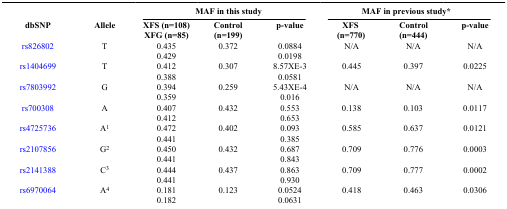
<table><thead><tr><td></td><td></td><td colspan="3"><b>MAF in this study</b></td><td colspan="3"><b>MAF in previous study*</b></td></tr><tr><td><b>dbSNP</b></td><td><b>Allele</b></td><td><b>XFS (n=108) XFG (n=85)</b></td><td><b>Control (n=199)</b></td><td><b>p-value</b></td><td><b>XFS (n=770)</b></td><td><b>Control (n=444)</b></td><td><b>p-value</b></td></tr></thead><tbody><tr><td>rs826802</td><td>T</td><td>0.435</td><td>0.372</td><td>0.0884</td><td>N/A</td><td>N/A</td><td>N/A</td></tr><tr><td> </td><td> </td><td>0.429</td><td> </td><td>0.0198</td><td> </td><td> </td><td> </td></tr><tr><td>rs1404699</td><td>T</td><td>0.412</td><td>0.307</td><td>8.57XE-3</td><td>0.445</td><td>0.397</td><td>0.0225</td></tr><tr><td> </td><td> </td><td>0.388</td><td> </td><td>0.0581</td><td> </td><td> </td><td> </td></tr><tr><td>rs7803992</td><td>G</td><td>0.394</td><td>0.259</td><td>5.43XE-4</td><td>N/A</td><td>N/A</td><td>N/A</td></tr><tr><td> </td><td> </td><td>0.359</td><td> </td><td>0.016</td><td> </td><td> </td><td> </td></tr><tr><td>rs700308</td><td>A</td><td>0.407</td><td>0.432</td><td>0.553</td><td>0.138</td><td>0.103</td><td>0.0117</td></tr><tr><td> </td><td> </td><td>0.412</td><td> </td><td>0.653</td><td> </td><td> </td><td> </td></tr><tr><td>rs4725736</td><td>A<sup>1</sup></td><td>0.472</td><td>0.402</td><td>0.093</td><td>0.585</td><td>0.637</td><td>0.0121</td></tr><tr><td> </td><td> </td><td>0.441</td><td> </td><td>0.385</td><td> </td><td> </td><td> </td></tr><tr><td>rs2107856</td><td>G<sup>2</sup></td><td>0.450</td><td>0.432</td><td>0.687</td><td>0.709</td><td>0.776</td><td>0.0003</td></tr><tr><td> </td><td> </td><td>0.441</td><td> </td><td>0.843</td><td> </td><td> </td><td> </td></tr><tr><td>rs2141388</td><td>C<sup>3</sup></td><td>0.444</td><td>0.437</td><td>0.863</td><td>0.709</td><td>0.777</td><td>0.0002</td></tr><tr><td> </td><td> </td><td>0.441</td><td> </td><td>0.930</td><td> </td><td> </td><td> </td></tr><tr><td>rs6970064</td><td>A<sup>4</sup></td><td>0.181</td><td>0.123</td><td>0.0524</td><td>0.418</td><td>0.463</td><td>0.0306</td></tr><tr><td> </td><td> </td><td>0.182</td><td> </td><td>0.0631</td><td> </td><td> </td><td> </td></tr></tbody></table>